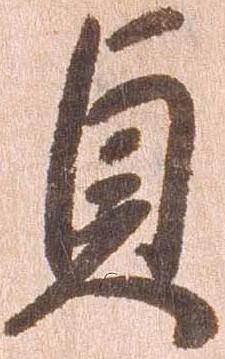
貞